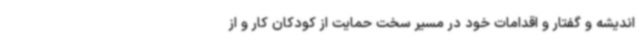
اندیشه و گفتار و اقدامات خود در مسیر سخت حمایت از کودکان کار و از